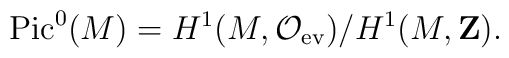
{\rm Pic}^0(M) = H^1(M,{\cal O}_{\rm ev})/H^1(M,{\bf Z}).